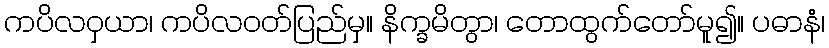
ကပိလဝှယာ၊ ကပိလဝတ်ပြည်မှ။ နိက္ခမိတွာ၊ တောထွက်တော်မူ၍။ ပဓာနံ၊